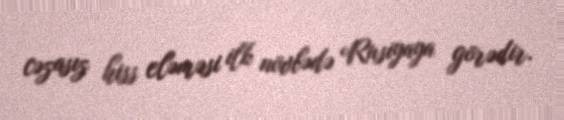
cəzasız hiss eləməsi ilk növbədə Rusiyaya görədir.